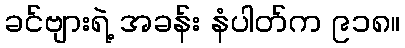
ခင်ဗျားရဲ့ အခန်း နံပါတ်က ၉၁၈။